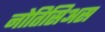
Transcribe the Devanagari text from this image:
नोतिसिअस